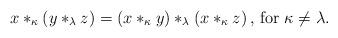
LaTeX: \begin{align*}x *_\kappa \left(y*_\lambda z \right) = \left(x *_\kappa y \right)*_\lambda \left(x*_\kappa z \right) \textrm{, for } \kappa \neq \lambda.\end{align*}